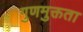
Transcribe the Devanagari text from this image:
गुणमुक्तता